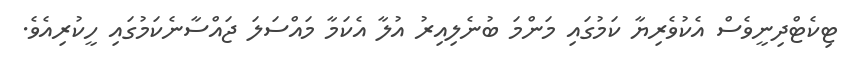
ޓިކެޓްދިނީވެސް އެކުވެރިޔާ ކަމުގައި މަންމަ ބުނެލިއިރު އުލާ އެކަމާ މައްސަލަ ޖައްސާނެކަމުގައި ހީކުރިއެވެ.